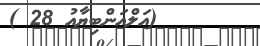
(އަލްއަންބިޔާއު 28 )